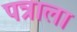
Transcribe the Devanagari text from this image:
पत्राला